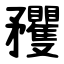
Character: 矡